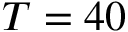
T = 4 0